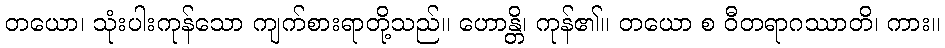
တယော၊ သုံးပါးကုန်သော ကျက်စားရာတို့သည်။ ဟောန္တိ၊ ကုန်၏။ တယော စ ဝီတရာဂဿာတိ၊ ကား။